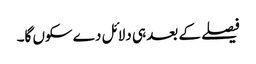
فیصلے کے بعد ہی دلائل دے سکوں گا۔